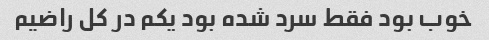
خوب بود فقط سرد شده بود یکم در کل راضیم